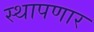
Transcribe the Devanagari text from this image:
स्थापणार